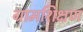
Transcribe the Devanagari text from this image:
ग्रामशिक्षण